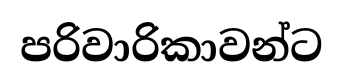
පරිවාරිකාවන්ට